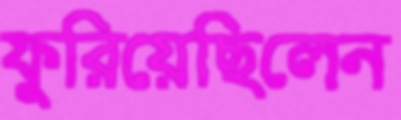
ফুরিয়েছিলেন